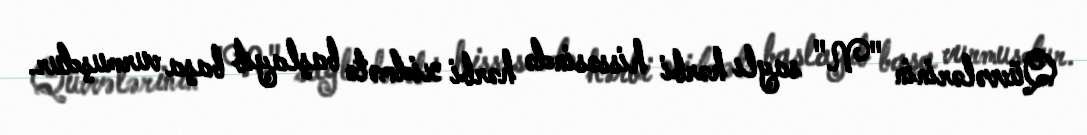
Qüvvələrinin "N" saylı hərbi hissəsində hərbi xidmətə başlayıb başa vurmuşdur.